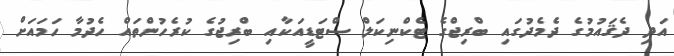
އަދި ދެޤައުމުގެ ދެމެދުގައި ބްރިޖްގެ ޓެކްނިކަލް ސްޓަޑީއަކާއި ބްރިޖުގެ ކުރެހުންތައް ހެދުމާ ހަމައަށް